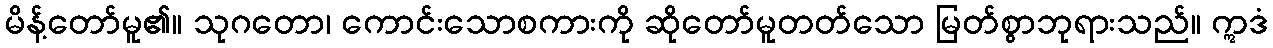
မိန့်တော်မူ၏။ သုဂတော၊ ကောင်းသောစကားကို ဆိုတော်မူတတ်သော မြတ်စွာဘုရားသည်။ ဣဒံ